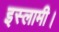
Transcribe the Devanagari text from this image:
इस्लामी।